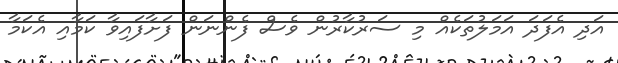
އަދި އެފަދަ އަމަލުތަކެއް މި ސަރުކާރުން ވެސް ފެންނަން ފަށާފައިވާ ކަމާއި އެކަމާ